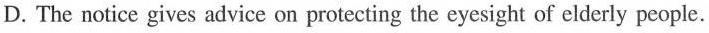
D. The notice gives advice on protecting the eyesight of elderly people.